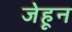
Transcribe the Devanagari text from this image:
जेहून